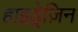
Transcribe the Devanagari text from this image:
हाइड्रेज़िन